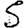
Digit: 5